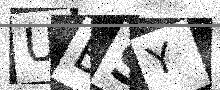
Text: UBSY